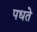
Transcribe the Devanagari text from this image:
पधते